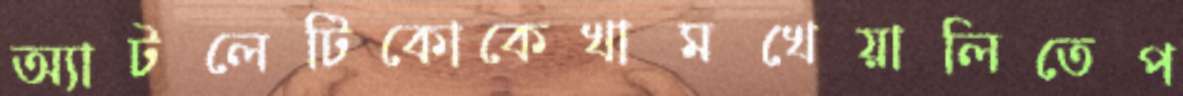
অ্যাটলেটিকোকেখামখেয়ালিতেপ